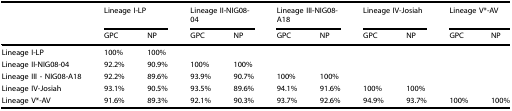
<table><thead><tr><td></td><td colspan="2"><b>Lineage I-LP</b></td><td colspan="2"><b>Lineage II-NIG08-04</b></td><td colspan="2"><b>Lineage III-NIG08-A18</b></td><td colspan="2"><b>Lineage IV-Josiah</b></td><td colspan="2"><b>Lineage V*-AV</b></td></tr><tr><td></td><td><b>GPC</b></td><td><b>NP</b></td><td><b>GPC</b></td><td><b>NP</b></td><td><b>GPC</b></td><td><b>NP</b></td><td><b>GPC</b></td><td><b>NP</b></td><td><b>GPC</b></td><td><b>NP</b></td></tr></thead><tbody><tr><td>Lineage I-LP</td><td>100%</td><td>100%</td><td></td><td></td><td></td><td></td><td></td><td></td><td></td><td></td></tr><tr><td>Lineage II-NIG08-04</td><td>92.2%</td><td>90.9%</td><td>100%</td><td>100%</td><td></td><td></td><td></td><td></td><td></td><td></td></tr><tr><td>Lineage III - NIG08-A18</td><td>92.2%</td><td>89.6%</td><td>93.9%</td><td>90.7%</td><td>100%</td><td>100%</td><td></td><td></td><td></td><td></td></tr><tr><td>Lineage IV-Josiah</td><td>93.1%</td><td>90.5%</td><td>93.5%</td><td>89.6%</td><td>94.1%</td><td>91.6%</td><td>100%</td><td>100%</td><td></td><td></td></tr><tr><td>Lineage V*-AV</td><td>91.6%</td><td>89.3%</td><td>92.1%</td><td>90.3%</td><td>93.7%</td><td>92.6%</td><td>94.9%</td><td>93.7%</td><td>100%</td><td>100%</td></tr></tbody></table>